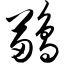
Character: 鹋